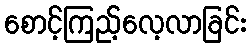
စောင့်ကြည့်လေ့လာခြင်း